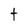
Character: t